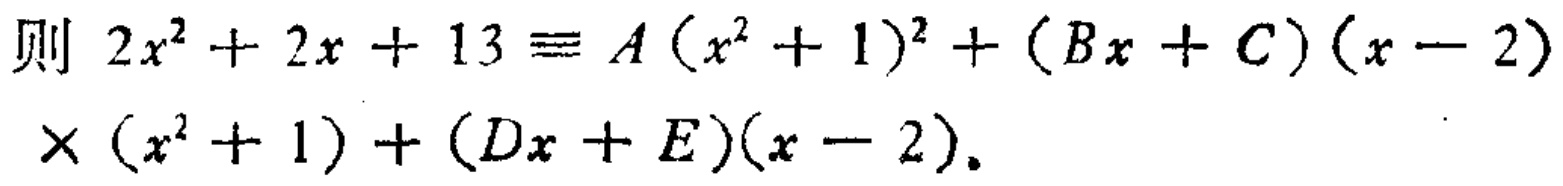
则 \(2x^{2}+2x + 13\equiv A(x^{2}+1)^{2}+(Bx + C)(x - 2)\times(x^{2}+1)+(Dx + E)(x - 2)\)。